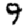
Digit: 9